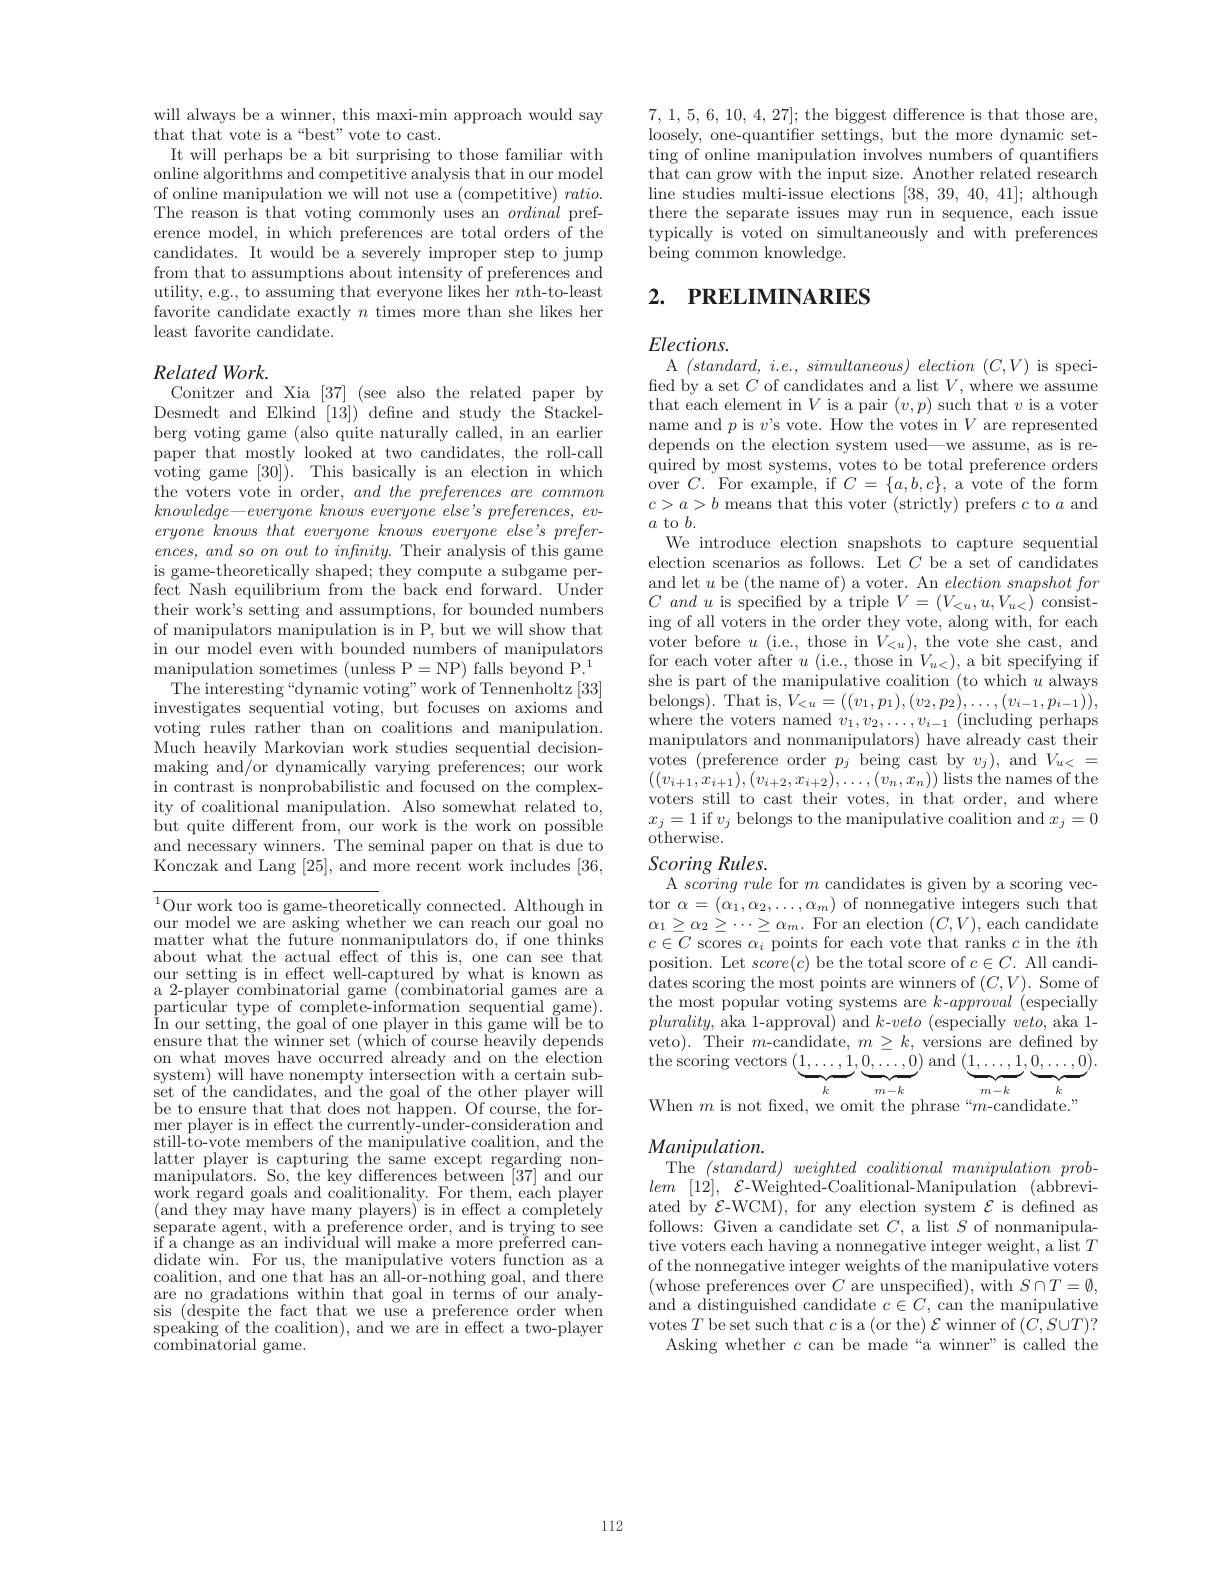
will always be a winner, this maxi-min approach would say
that that vote is a“best”vote to cast.
It will perhaps be a bit surprising to those familiar with online algorithms and competitive analysis that in our model of online manipulation we will not use a (competitive) ratio. The reason is that voting commonly uses an ordinal preference model, in which preferences are total orders of the candidates. It would be a severely improper step to jump from that to assumptions about intensity of preferences and utility, e.g., to assuming that everyone likes her $n$th-to-least favorite candidate exactly $n$ times more than she likes her least favorite candidate.

## Related Work.
Conitzer and Xia [37] (see also the related paper by

Desmedt and Elkind [13]) define and study the Stackelberg voting game (also quite naturally called, in an earlier paper that mostly looked at voting game [30]). This basically is an election in which the voters vote in order, $a$ $knowledge— everyone\textit{ knows everyone else' s preferences, ev- }$ $eryone\textit{ knows that everyone knows everyone else' s prefer- }$ $ences,andsoonouttoinfinity.$ is game-theoretically shaped; they compute a subgame perfect Nash equilibrium from t their work's setting and assumptions, for bounded numbers of manipulators manipulation in our model even with bounded numbers of manipulators manipulation sometimes (unle The interesting“dynamic voting”work of Tennenholtz [33] investigates sequential voti voting rules rather than on Much heavily Markovian work studies sequential decisionmaking and/or dynamically varying preferences; our work in contrast is nonprobabilistic and focused on the complexity of coalitional manipulation. Also somewhat related to, but quite different from, our work is the work on possible and necessary winners. The seminal paper on that is due to Konczak and Lang [25], and more recent work includes [36,

$\overline{^{1}\text{Our work too is game-theoret}}$ically connected. Although in our model we are asking whether we can reach our goal no $\operatorname*{matter~what~the~future~nonmanipulators~do,~if~one~thinks}$ about what the actual effect of this is, one can see that our setting is in effect wel a 2-player combinatorial game (combinatorial games are a particular type of compléte- ${\mathrm{\hat{I}n~our~setting,~the~goal~of~one~player~in~this~game~will~be~to}}$ ensure that the winner set (which of course heavily depends on what moves have occurred system) will have nonempty intersection with a certain sub- $\begin{array}{llllllllllll}\text{set of the candidates, and the }\end{array}$
still-to-vote members of the manipulative coalition, and the latter player is capturing t manipulators. So, the key di $\begin{array}{l}\mathrm{work~regard~goals~and~coalitionality.~For~them,~each~player}\\\mathrm{(and~they~may~have~many~players)~is~in~effect~a~completely}\end{array}$ separate agent, with a preference order, and is if a change as an individual will make a more preferred candidate win. For us, the mani coalition, and one that has an all-or-nothing goal, and there are no gradations within that goal in terms of our analysis ( despite the fact that we use a preference order when speaking of the coalition), and we are in effect a two-player ${\dot{\text{combinatorial game}}}.$

7,1,5,6,10,4,27]; the biggest difference is that those are, loosely, one-quantifier settings, but the more dynamic setting of online manipulation involves numbers of quantifiers that can grow with the input size. Another related research line studies multi-issue elections [38,39,40,41]; although there the separate issues may run in sequence, each issue typically is voted on simultaneously and with preferences being common knowledge.

## 2. PRELIMINARIES

$Elections.$
A $( standard, i. e. , simultaneous) election ( C, V) $is speci- fied by a set $C$ of candidates and a list $V$, where we assume that each element in $V$ is a pair $(v,p)$ such that $v$ is a voter name and $p$ is $v$'s vote. How the votes in $V$ are represented depends on the election system used—we assume, as is required by most systems, votes to be total preference orders ${\mathrm{over~}C.}{\mathrm{~For~example,~if~}C=\{a,b,c\},\text{a vote of the form}}$ $\begin{array}{l}c>a>b\text{ means that this voter (strictly) prefers }c\text{ to }a\text{ and}\\a\text{ to }b.\end{array}$ We introduce election snapshots to capture sequential election scenarios as follows. Let $C$ be a set of candidates and let $u$ be (the name of) a voter. An $election\textit{ snapshot for}$ $C$ and $u$ is specified by a triple $V=(V_<u,u,V_u<)$ consisting of all voters in the order they vote, along with, for each voter before $u$ (i.e., those in $V_<u)$, the vote she cast, and for each voter after $u$ (i.e., those in $V_u<)$, a bit specifying if she is part of the manipulative coalition (to which $u$ always belongs). That is, $V_{< u}= ( ( v_{1}, p_{1}) , ( v_{2}, p_{2}) , \ldots , ( v_{i- 1}, p_{i- 1}) ) $, where the voters named $v_{1}, v_{2}, \ldots , v_{i- 1}$ ( including perhaps manipulators and nonmanipulators) have already cast their votes (preference order $p_j$ being cast by $v_j)$, and $V_u<=$ $\begin{array}{l}{((v_{i+1},x_{i+1}),(v_{i+2},x_{i+2}),\ldots,(v_{n},x_{n}))\text{lists the names of the}}\\{\mathrm{voters~still~to~cast~their~votes,~in~that~order,~and~where}}\end{array}$ $x_j=1$ if $v_j$ belongs to the manipulative coalition and $x_j=0$ ${\vec{\text{otherwise.}}}$
Scoring Rules.

A scoring rule for $m$ candidates is given by a scoring vec-

tor $\alpha = ( \alpha _{1}, \alpha _{2}, \ldots , \alpha _{m})$ of nonnegative integers such that $\alpha _{1}\geq \alpha _{2}\geq \cdots \geq \alpha _{m}.$ For an election $( C, V) $,each candidate $c\in C$ scores $\alpha _{i}$ points for each vote that ranks $c$ in the $i$th position. Let $score(c)$ be the total score of $c\in C.$ All candi- $\begin{array}{ll}{\mathrm{dates~scoring~the~mo}}\end{array}$ $plurality$, aka 1-approval) and $k$-veto (especially $veto$, aka 1- veto). Their $m$-candidate, the scoring vectors $(\underbrace{1,\ldots,1}_{},\underbrace{0,\ldots,0}_{})$ and $(\underbrace{1,\ldots,1}_{},\underbrace{0,\ldots,0}_{}).$
$\underbrace{m-k}_{m-k}\underbrace{k}_{k}$

# $Manipulation.$
The $(standard)weightedcoalitionalmanipulationprob-$

lem [12], $\mathcal{E}$-Weighted-Co ated by $\mathcal{E}$-WCM), for any election system $\mathcal{E}$ is defined as follows: Given a candidate s tive voters each having a nonnegative integer weight, a list $T$ of the nonnegative integer w (whose preferences over $C$ and a distinguished candidate $c\in C$, can the manipulative votes $T$ be set such that
Asking whether $c$ can be made“a winner”is called the

112